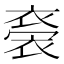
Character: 𧛁